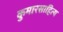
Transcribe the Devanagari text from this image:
कुमारसाहित्य